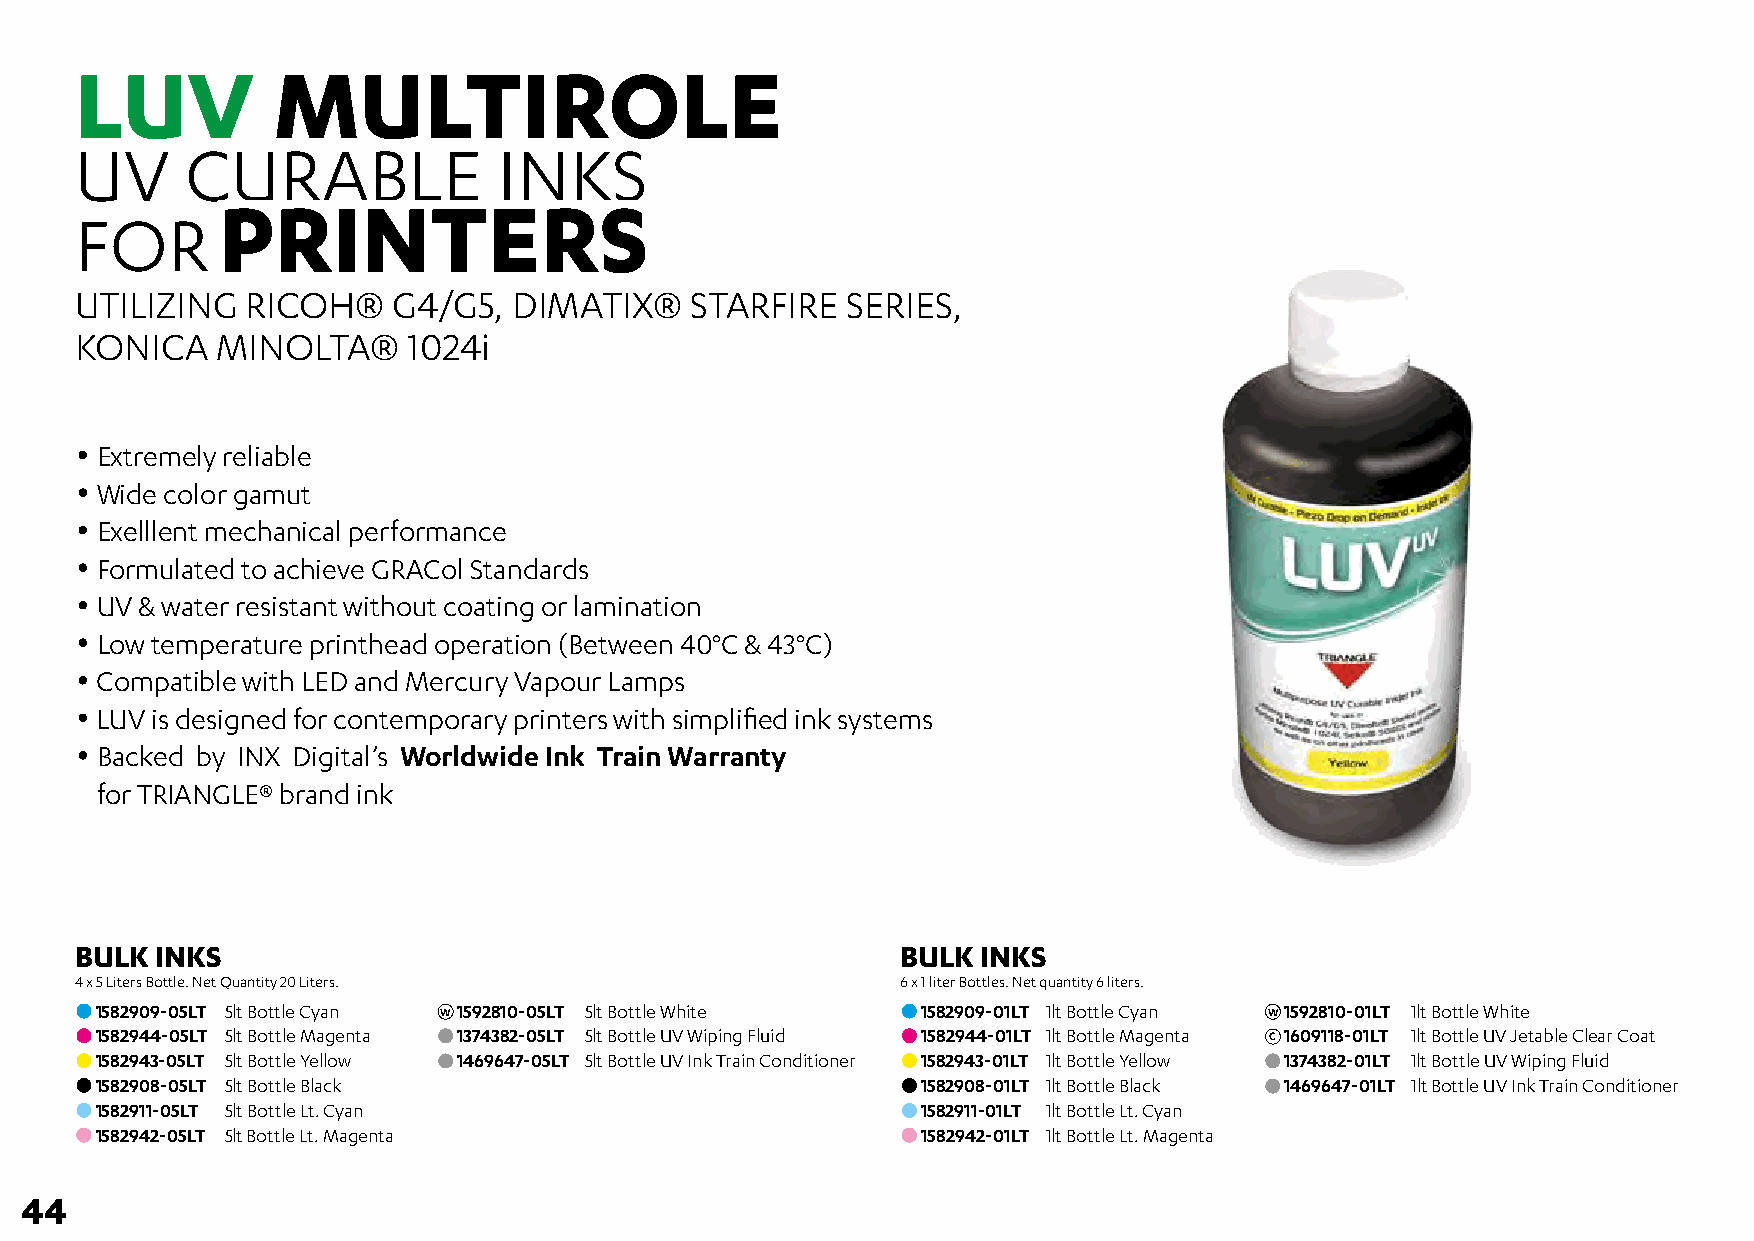
LUV          MULTIROLE
 UV     CURABLE              INKS
 PRINTERS
 FOR
 UTILIZING  RICOH®    G4/G5,  DIMATIX®    STARFIRE  SERIES,
 KONICA   MINOLTA®     1024i
 • Extremely reliable
 • Wide color gamut
 • Exelllent mechanical performance
 • Formulated to achieve GRACol Standards
 • UV & water resistant without coating or lamination
 • Low temperature printhead operation (Between 40°C & 43°C)
 • Compatible with LED and Mercury Vapour Lamps
 • LUV is designed for contemporary printers with simplified ink systems
 • Backed by INX Digital’s Worldwide Ink Train Warranty
 • for TRIANGLE® brand ink
 BULK INKS                                              BULK INKS
 4 x 5 Liters Bottle. Net Quantity 20 Liters.           6 x 1 liter Bottles. Net quantity 6 liters.
 1582909-05LT 5lt Bottle Cyan W 1592810-05LT 5lt Bottle White 1582909-01LT 1lt Bottle Cyan W 1592810-01LT 1lt Bottle White
 1582944-05LT 5lt Bottle Magenta 1374382-05LT 5lt Bottle UV Wiping Fluid 1582944-01LT 1lt Bottle Magenta C 1609118-01LT 1lt Bottle UV Jetable Clear Coat
 1582943-05LT 5lt Bottle Yellow 1469647-05LT 5lt Bottle UV Ink Train Conditioner 1582943-01LT 1lt Bottle Yellow 1374382-01LT 1lt Bottle UV Wiping Fluid
 1582908-05LT 5lt Bottle Black                          1582908-01LT 1lt Bottle Black 1469647-01LT 1lt Bottle UV Ink Train Conditioner
 1582911-05LT 5lt Bottle Lt. Cyan                       1582911-01LT 1lt Bottle Lt. Cyan
 1582942-05LT 5lt Bottle Lt. Magenta                    1582942-01LT 1lt Bottle Lt. Magenta
 44